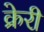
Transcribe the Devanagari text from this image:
क्रेरी